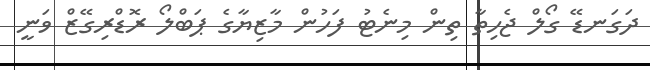
ދަގަނޑޭ ގޯލް ޖެހިތާ ތިން މިނެޓު ފަހުން މާޒިޔާގެ ޕަބްލޯ ރޮޑްރިގޭޒް ވަނީ